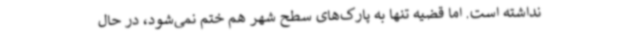
نداشته است. اما قضیه تنها به پارک‌های سطح شهر هم ختم نمی‌شود، در حال